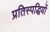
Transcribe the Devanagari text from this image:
प्रतिस्पद्धियों